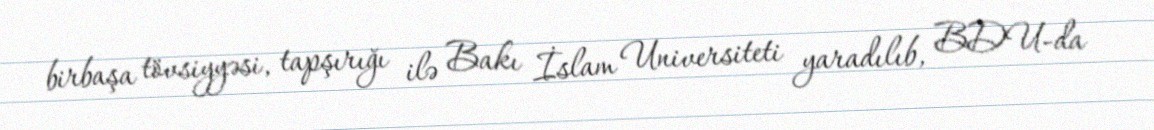
birbaşa tövsiyyəsi, tapşırığı ilə Bakı İslam Universiteti yaradılıb, BDU-da